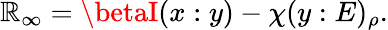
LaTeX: \mathbb{R}_{\infty}=\betaI(x:y)-\chi(y:E)_{\rho}.